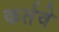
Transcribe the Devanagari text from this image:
कर्तवे